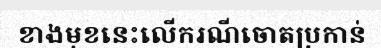
ខាងមុខនេះលើករណីចោតប្រកាន់